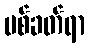
ပစ်ခတ်ရာ